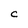
Character: C